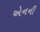
એનની